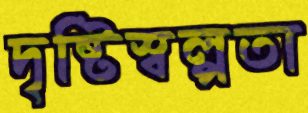
দৃষ্টিস্বল্পতা